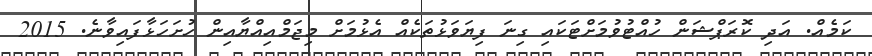
ކަމެއް. އަދި ކޮރަޕްޝަން ހުއްޓުވުމަށްޓަކައި ގިނަ ފިޔަވަޅުތަކެއް އެޅުމަށް މިޖަމްއިއްޔާއިން ހުށަހަޅާފައިވާނެ. 2015